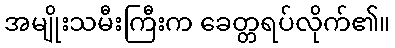
အမျိုးသမီးကြီးက ခေတ္တရပ်လိုက်၏။